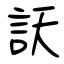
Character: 訞